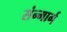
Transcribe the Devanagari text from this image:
संन्मार्ग